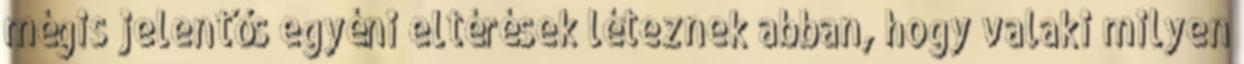
mégis jelentős egyéni eltérések léteznek abban, hogy valaki milyen